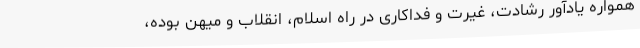
همواره یادآور رشادت، غیرت و فداکاری در راه اسلام، انقلاب و میهن بوده،